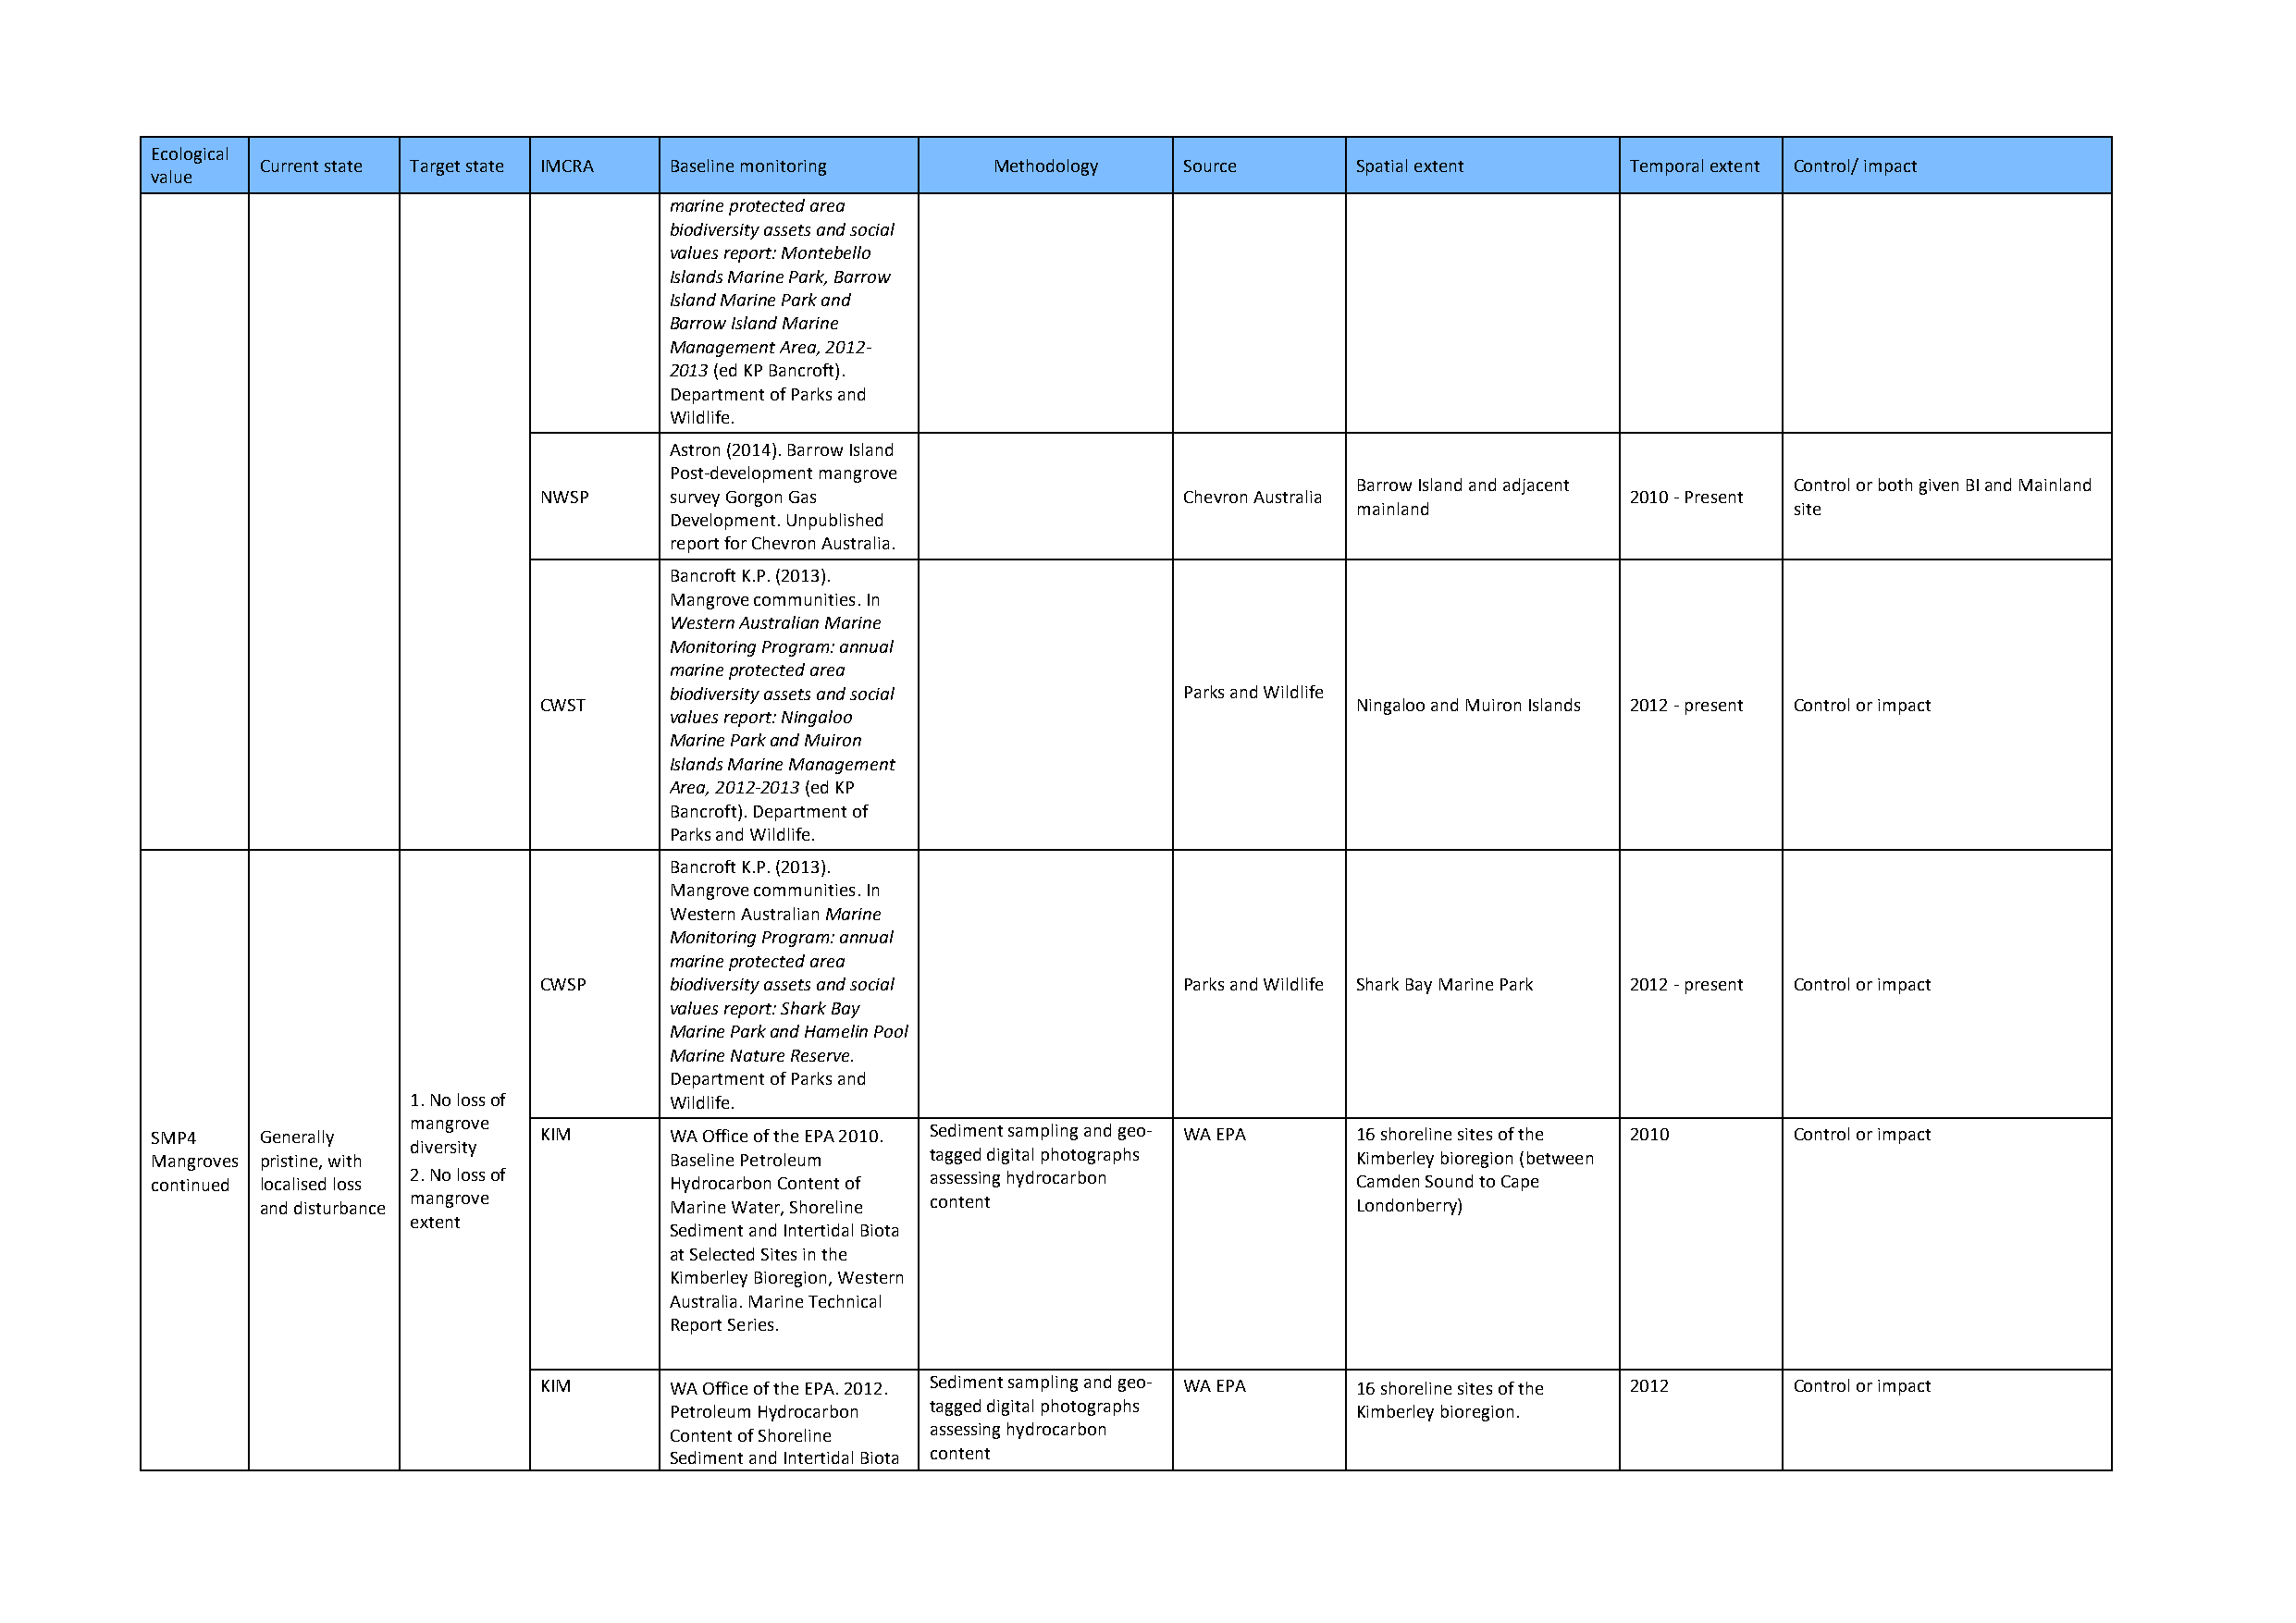
Ecological
 Current state Target state IMCRA Baseline monitoring Methodology  Source      Spatial extent      Temporal extent Control/ impact
 value
 marine protected area
 biodiversity assets and social
 values report: Montebello
 Islands Marine Park, Barrow
 Island Marine Park and
 Barrow Island Marine
 Management Area, 2012-
 2013 (ed KP Bancroft).
 Department of Parks and
 Wildlife.
 Astron (2014). Barrow Island
 Post-development mangrove
 Barrow Island and adjacent     Control or both given BI and Mainland
 NWSP     survey Gorgon Gas                    Chevron Australia               2010 - Present
 mainland                       site
 Development. Unpublished
 report for Chevron Australia.
 Bancroft K.P. (2013).
 Mangrove communities. In
 Western Australian Marine
 Monitoring Program: annual
 marine protected area
 biodiversity assets and social       Parks and Wildlife
 CWST                                                      Ningaloo and Muiron Islands 2012 - present Control or impact
 values report: Ningaloo
 Marine Park and Muiron
 Islands Marine Management
 Area, 2012-2013 (ed KP
 Bancroft). Department of
 Parks and Wildlife.
 Bancroft K.P. (2013).
 Mangrove communities. In
 Western Australian Marine
 Monitoring Program: annual
 marine protected area
 CWSP     biodiversity assets and social       Parks and Wildlife Shark Bay Marine Park 2012 - present Control or impact
 values report: Shark Bay
 Marine Park and Hamelin Pool
 Marine Nature Reserve.
 Department of Parks and
 1. No loss of      Wildlife.
 mangrove
 SMP4    Generally           KIM      WA Office of the EPA 2010. Sediment sampling and geo- WA EPA 16 shoreline sites of the 2010 Control or impact
 diversity
 Mangroves pristine, with             Baseline Petroleum tagged digital photographs    Kimberley bioregion (between
 continued localised loss 2. No loss of Hydrocarbon Content of assessing hydrocarbon   Camden Sound to Cape
 and disturbance mangrove     Marine Water, Shoreline content                  Londonberry)
 extent
 Sediment and Intertidal Biota
 at Selected Sites in the
 Kimberley Bioregion, Western
 Australia. Marine Technical
 Report Series.
 KIM      WA Office of the EPA. 2012. Sediment sampling and geo- WA EPA 16 shoreline sites of the 2012 Control or impact
 tagged digital photographs
 Petroleum Hydrocarbon                            Kimberley bioregion.
 assessing hydrocarbon
 Content of Shoreline
 Sediment and Intertidal Biota content